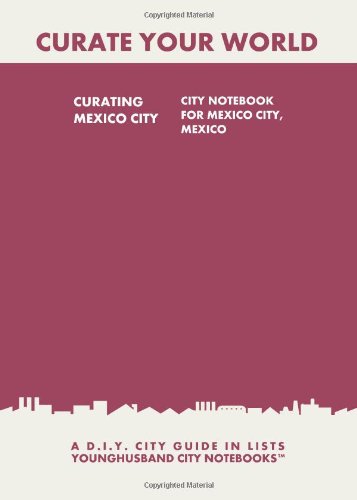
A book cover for Curating Mexico City: City Notebook For Mexico City, Mexico: A D.I.Y. City Guide In Lists (Curate Your World); Younghusband City Notebooks; Travel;